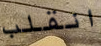
انقلب